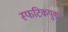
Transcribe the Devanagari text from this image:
स्फटिकयुक्त